Veterinary regulations India, 1925 -
Year: 1925
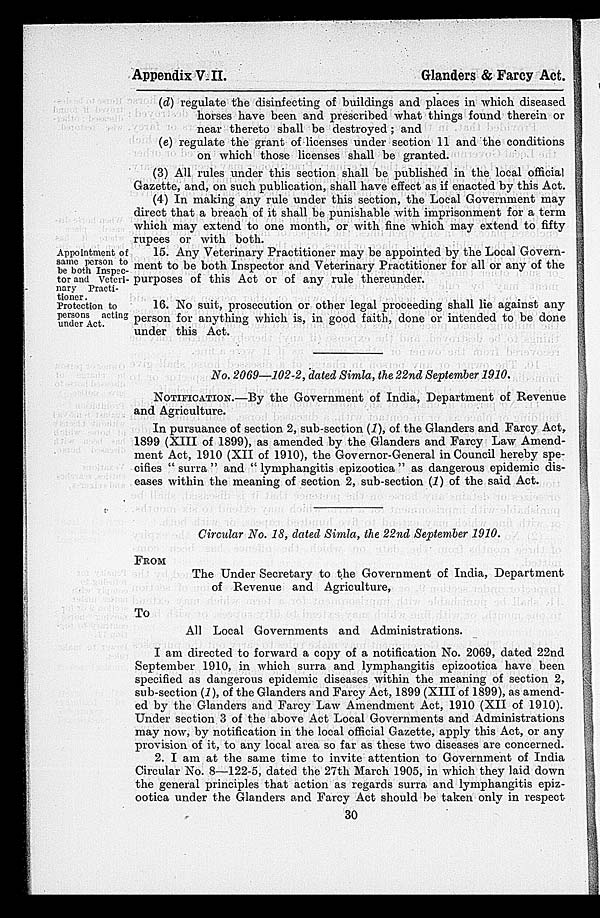
Appendix VIII.
Glanders & Farcy Act.
(d) regulate the disinfecting of buildings and places in which diseased
horses have been and prescribed what things found therein or
near thereto shall be destroyed; and
(e) regulate the grant of licenses under section 11 and the conditions
on which those licenses shall be granted.
(3) All rules under this section shall be published in the local official
Gazette, and, on such publication, shall have effect as if enacted by this Act.
(4) In making any rule under this section, the Local Government may
direct that a breach of it shall be punishable with imprisonment for a term
which may extend to one month, or with fine which may extend to fifty
rupees or with both.
Appointment of
same person to
be both Inspec-
tor and Veteri-
nary Practi-
tioner.
Protection to
persons acting
under Act.
15. Any Veterinary Practitioner may be appointed by the Local Govern-
ment to be both Inspector and Veterinary Practitioner for all or any of the
purposes of this Act or of any rule thereunder.
16. No suit, prosecution or other legal proceeding shall lie against any
person for anything which is, in good faith, done or intended to be done
under this Act.
No. 2069—102-2, dated Simla, the 22nd September 1910.
NOTIFICATION.—By the Government of India, Department of Revenue
and Agriculture.
In pursuance of section 2, sub-section (1), of the Glanders and Farcy Act,
1899 (XIII of 1899), as amended by the Glanders and Farcy Law Amend-
ment Act, 1910 (XII of 1910), the Governor-General in Council hereby spe-
cifies "surra" and "lymphangitis epizootica" as dangerous epidemic dis-
eases within the meaning of section 2, sub-section (I) of the said Act.
Circular No. 18, dated Simla, the 22nd September 1910.
FROM
The Under Secretary to the Government of India, Department
of Revenue and Agriculture,
To
All Local Governments and Administrations.
I am directed to forward a copy of a notification No. 2069, dated 22nd
September 1910, in which surra and lymphangitis epizootica have been
specified as dangerous epidemic diseases within the meaning of section 2,
sub-section (1), of the Glanders and Farcy Act, 1899 (XIII of 1899), as amend-
ed by the Glanders and Farcy Law Amendment Act, 1910 (XII of 1910).
Under section 3 of the above Act Local Governments and Administrations
may now, by notification in the local official Gazette, apply this Act, or any
provision of it, to any local area so far as these two diseases are concerned.
2. I am at the same time to invite attention to Government of India
Circular No. 8—122-5, dated the 27th March 1905, in which they laid down
the general principles that action as regards surra and lymphangitis epiz-
ootica under the Glanders and Farcy Act should be taken only in respect
30